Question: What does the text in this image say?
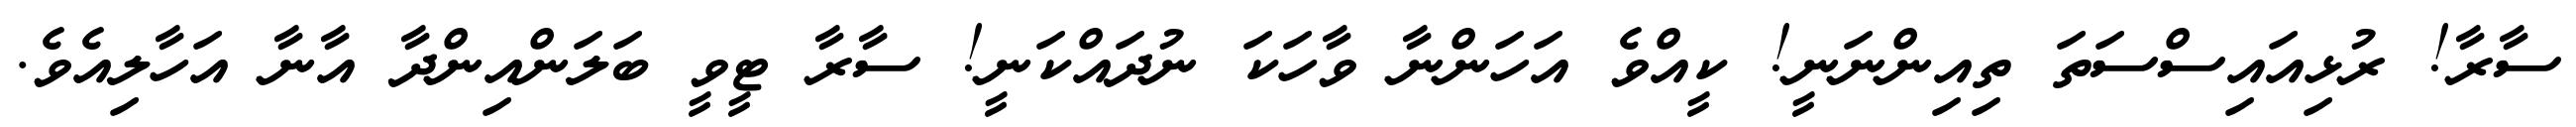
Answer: ސާރާ! ރުޅިއައިސްސަތަ ތިއިންނަނީ! ކީއްވެ އަހަންނާ ވާހަކަ ނުދައްކަނީ! ސާރާ ޓީވީ ބަލަންއިންދާ އާނާ އަހާލިއެވެ.